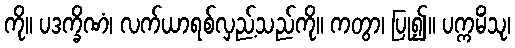
ကို။ ပဒက္ခိဏံ၊ လက်ယာရစ်လှည့်သည်ကို။ ကတွာ၊ ပြု၍။ ပက္ကမိံသု၊